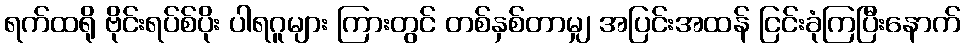
ရက်ထရို ဗိုင်းရပ်စ်ပိုး ပါရဂူများ ကြားတွင် တစ်နှစ်တာမျှ အပြင်းအထန် ငြင်းခုံကြပြီးနောက်